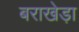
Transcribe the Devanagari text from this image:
बराखेड़ा